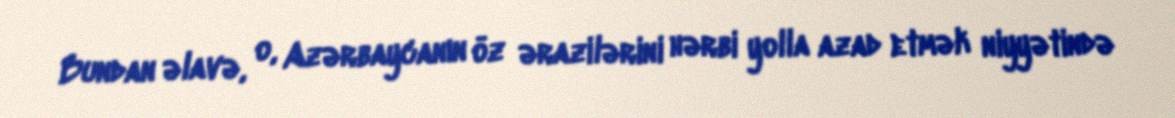
Bundan əlavə, o, Azərbaycanın öz ərazilərini hərbi yolla azad etmək niyyətində